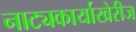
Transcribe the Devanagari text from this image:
नाट्यकार्याखेरीज